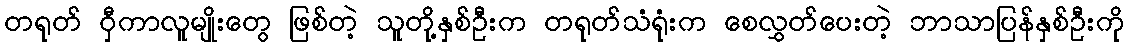
တရုတ် ဝှီကာလူမျိုးတွေ ဖြစ်တဲ့ သူတို့နှစ်ဦးက တရုတ်သံရုံးက စေလွှတ်ပေးတဲ့ ဘာသာပြန်နှစ်ဦးကို